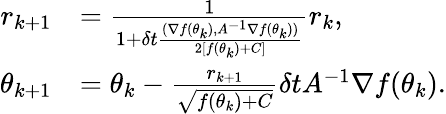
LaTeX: \begin{array}{rl}{{r}_{k+1}}&{=\frac{1}{1+\delta t\frac{(\nabla f(\theta_{k}),A^{-1}\nabla f(\theta_{k}))}{2[f(\theta_{k})+C]}}r_{k},}\\ {\theta_{k+1}}&{=\theta_{k}-\frac{{r}_{k+1}}{\sqrt{f(\theta_{k})+C}}\delta tA^{-1}\nabla f(\theta_{k}).}\end{array}